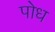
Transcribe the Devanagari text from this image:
पोध